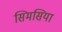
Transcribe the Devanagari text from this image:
सिमसिया